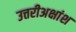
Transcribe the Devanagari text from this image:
उत्तरीअक्षांश